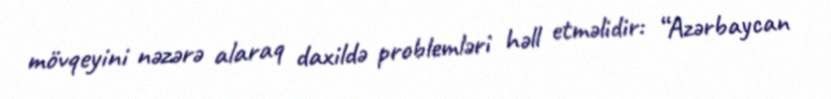
mövqeyini nəzərə alaraq daxildə problemləri həll etməlidir: “Azərbaycan